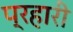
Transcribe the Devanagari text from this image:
प्रहारी